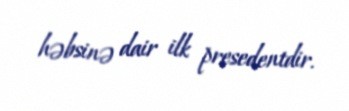
həbsinə dair ilk presedentdir.